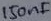
Text: 150nF